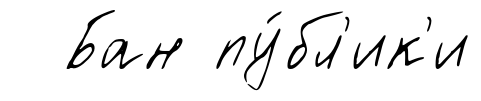
Бан пу́бл'ик'и